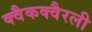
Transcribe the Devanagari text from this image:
क्वैकक्वैरली